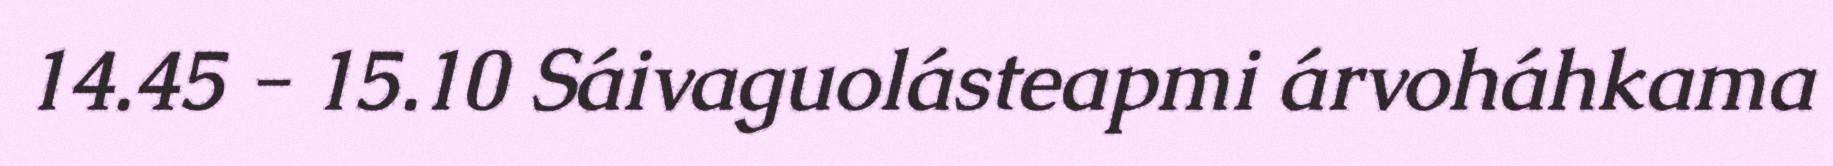
14.45 - 15.10 Sáivaguolásteapmi árvoháhkama